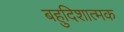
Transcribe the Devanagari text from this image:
बहुदिशात्मक